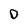
Character: D